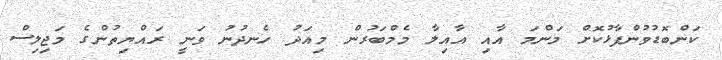
ކަންބޮޑުވުންފާޅުކޮށް މަންމަ އާއި އާއިލާ މެމްބަރުން މިއަދު ހެނދުނު ވަނީ ރައްޔިތުންގެ މަޖިލިސް